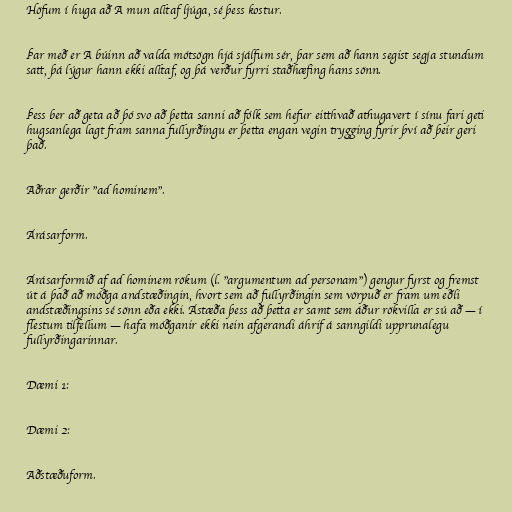
Höfum í huga að A mun alltaf ljúga, sé þess kostur.

Þar með er A búinn að valda mótsögn hjá sjálfum sér, þar sem að hann segist segja stundum
satt, þá lýgur hann ekki alltaf, og þá verður fyrri staðhæfing hans sönn.

Þess ber að geta að þó svo að þetta sanni að fólk sem hefur eitthvað athugavert í sínu fari geti
hugsanlega lagt fram sanna fullyrðingu er þetta engan vegin trygging fyrir því að þeir geri
það.

Aðrar gerðir "ad hominem".

Árásarform.

Árásarformið af ad hominem rökum (l. "argumentum ad personam") gengur fyrst og fremst
út á það að móðga andstæðingin, hvort sem að fullyrðingin sem vörpuð er fram um eðli
andstæðingsins sé sönn eða ekki. Ástæða þess að þetta er samt sem áður rökvilla er sú að — í
flestum tilfellum — hafa móðganir ekki nein afgerandi áhrif á sanngildi upprunalegu
fullyrðingarinnar.

Dæmi 1:

Dæmi 2:

Aðstæðuform.